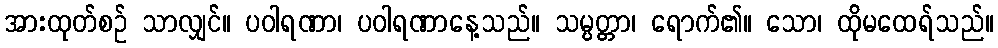
အားထုတ်စဉ် သာလျှင်။ ပဝါရဏာ၊ ပဝါရဏာနေ့သည်။ သမ္ပတ္တာ၊ ရောက်၏။ သော၊ ထိုမထေရ်သည်။